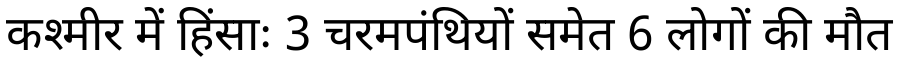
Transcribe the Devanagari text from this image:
कश्मीर में हिंसाः 3 चरमपंथियों समेत 6 लोगों की मौत